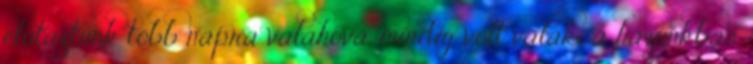
elutaztunk több napra valahová, mindig volt valaki a házunkban,